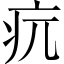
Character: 𤴰